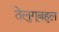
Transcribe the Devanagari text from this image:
तेलुगूबहुल